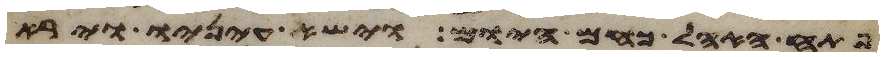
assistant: פתח האהל כחם היום וישא עיניו וירא